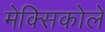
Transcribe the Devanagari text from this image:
मेक्सिकोले